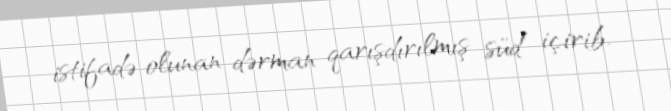
istifadə olunan dərman qarışdırılmış süd içirib.